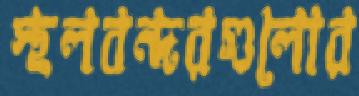
স্থলবন্দরগুলোর